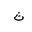
Letter: _tha